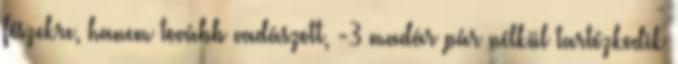
fészekre, hanem tovább vadászott, -3 madár pár nélkül tartózkodik